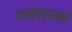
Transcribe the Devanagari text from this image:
कम्पर्सन